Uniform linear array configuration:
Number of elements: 32
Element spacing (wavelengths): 0.5
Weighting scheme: cosine
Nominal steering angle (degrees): -60
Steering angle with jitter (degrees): -60.924
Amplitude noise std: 0.05
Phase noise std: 0.05

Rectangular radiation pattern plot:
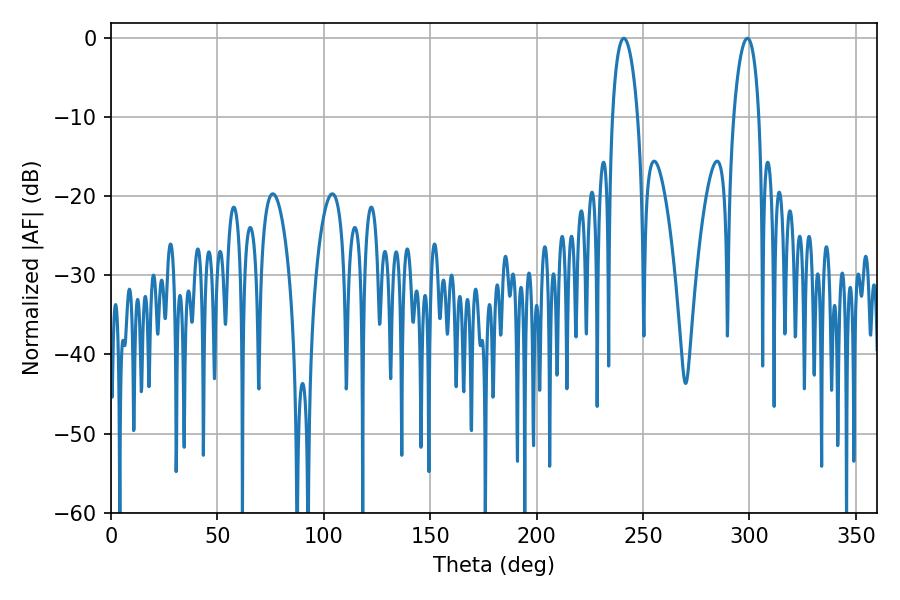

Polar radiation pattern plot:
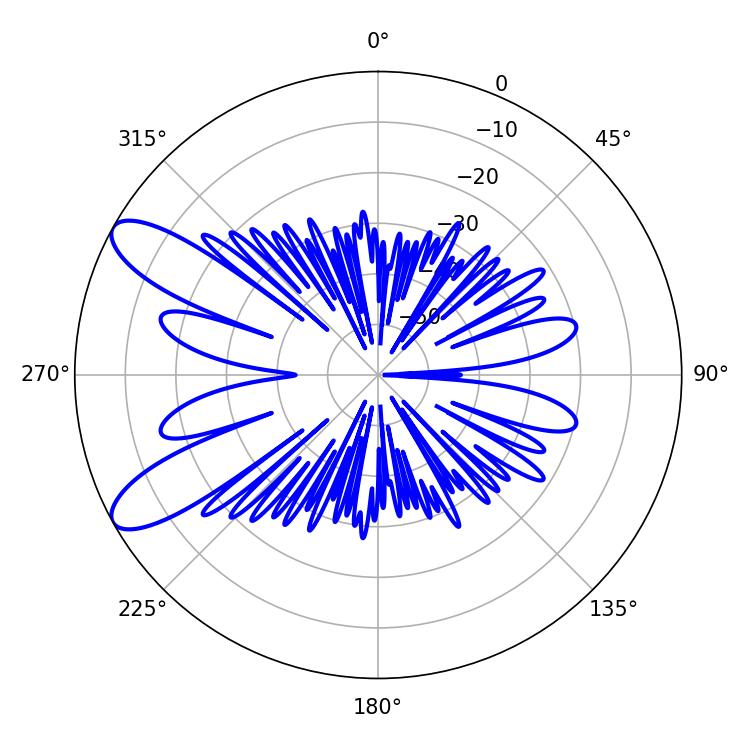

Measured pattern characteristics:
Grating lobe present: FALSE
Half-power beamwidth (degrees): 6.84
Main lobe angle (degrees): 298.98